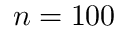
n = 1 0 0